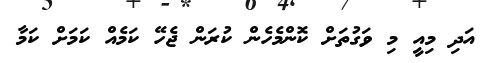
އަދި މިއީ މި ވަގުތަށް ކޮންމެހެން ކުރަން ޖެހޭ ކަމެއް ކަމަށް ކަމާ